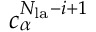
c _ { \alpha } ^ { N _ { \mathrm { l a } } - i + 1 }